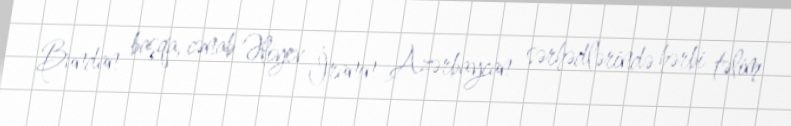
Bundan başqa, cənab Əliyev İranın Azərbaycan sərhədlərində hərbi təlim